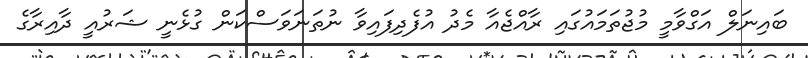
ބައިނަލް އަގްވާމީ މުޖުތަމައުގައި ރާއްޖެއާ މެދު އުފެދިފައިވާ ނުތަނަވަސްކަން ގުޅެނީ ޝަރުއީ ދާއިރާގެ